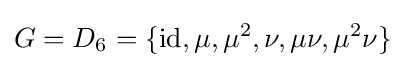
G=D_{6}=\{{\text{id}},\mu ,\mu ^{2},\nu ,\mu \nu ,\mu ^{2}\nu \}